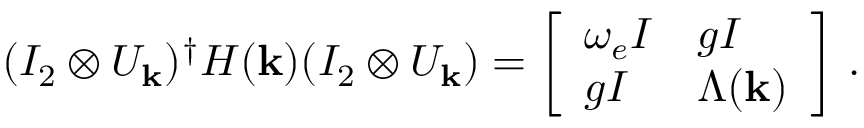
( I _ { 2 } \otimes U _ { \mathbf { k } } ) ^ { \dag } H ( \mathbf k ) ( I _ { 2 } \otimes U _ { \mathbf { k } } ) = \left[ \begin{array} { l l } { \omega _ { e } I } & { g I } \\ { g I } & { \Lambda ( \mathbf k ) } \end{array} \right] \, .